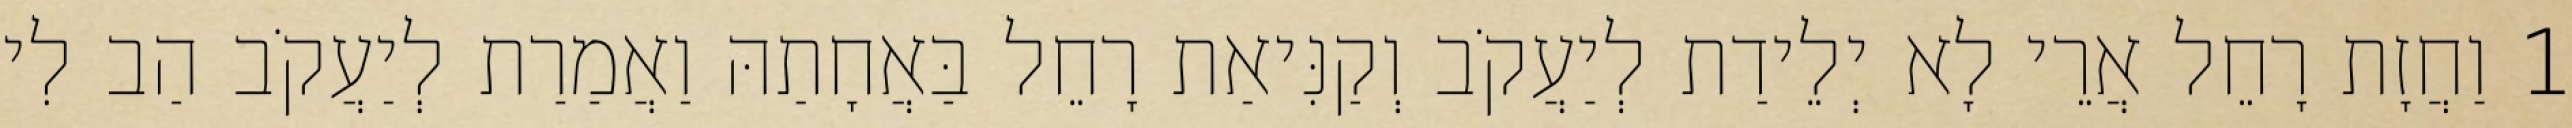
1 וַחֲזָת רָחֵל אֲרֵי לָא יְלֵידַת לְיַעֲקֹב וְקַנִּיאַת רָחֵל בַּאֲחָתַהּ וַאֲמַרַת לְיַעֲקֹב הַב לִי